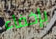
بإخفاء